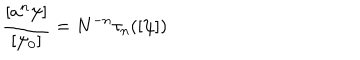
LaTeX: { \frac { [ a ^ { n } \psi ] } { [ \psi _ { 0 } ] } } = N ^ { - n } \tau _ { n } ( [ \psi ] )